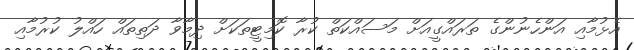
އެޅުމާއި އަންހެނުންގެ ތަރައްގީއަށް މަސައްކަތް ކުރާ ކޮމިޓީތަކަށް ދިމާވާ ދަތިތައް ހައްލު ކުރުމާއި